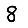
Digit: 8